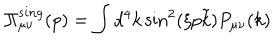
\Pi _ { \mu \nu } ^ { s i n g } ( p ) = \int d ^ { 4 } k \sin ^ { 2 } ( \xi p \tilde { k } ) P _ { \mu \nu } ( k )